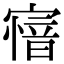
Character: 𡪟